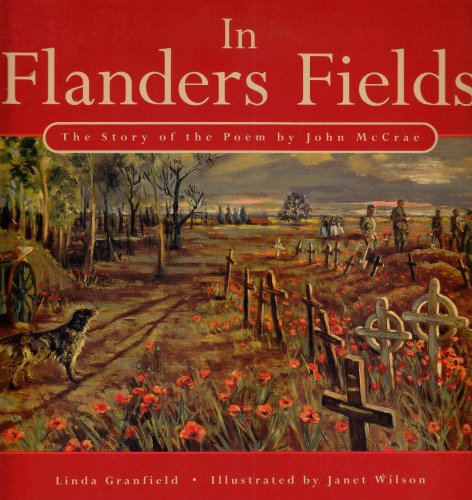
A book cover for In Flanders Fields: The Story of the Poem by John McCrae; Linda Granfield; Children's Books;